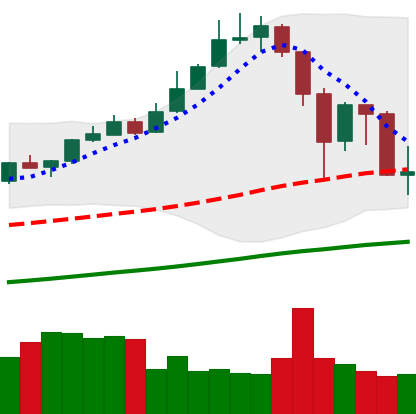
Ticker: XMR-USD
Chart end date: 2019-07-01
Forward return: 6.239%
Label: up_5_7